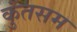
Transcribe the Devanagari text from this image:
कुंतसम